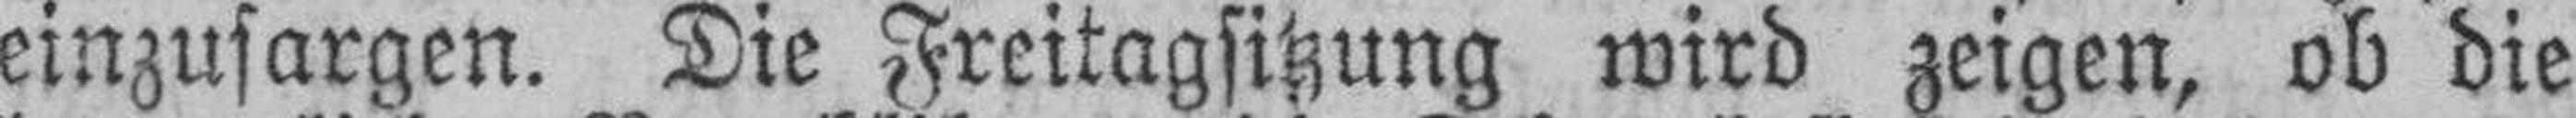
einzusargen. Die Freitagsitzung wird zeigen, ob die